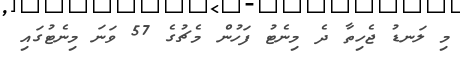
މި ލަނޑު ޖެހިތާ ދެ މިނެޓު ފަހުން މެޗުގެ 57 ވަނަ މިނެޓުގައި